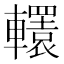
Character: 𨏙